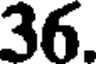
36.